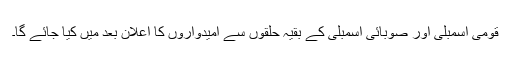
قومی اسمبلی اور صوبائی اسمبلی کے بقیہ حلقوں سے امیدواروں کا اعلان بعد میں کیا جائے گا۔